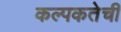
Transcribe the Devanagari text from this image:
कल्पकतेची